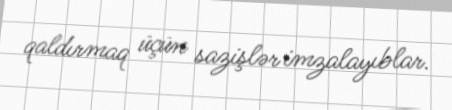
qaldırmaq üçün sazişlər imzalayıblar.